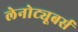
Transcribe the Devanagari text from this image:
लेनोट्यूबर्स